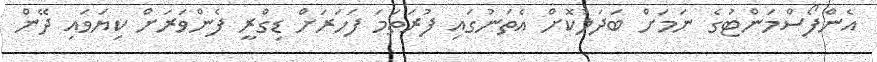
އެންފޯސްމަންޓުގެ ނަމަށް ބަދަލުކޮށް އެތަނުގައި ފުރަތަމަ ފަހަރަށް ޑިގްރީ ފެންވަރަށް ކިޔަވައި ދޭން